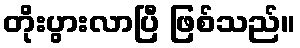
တိုးပွားလာပြီ ဖြစ်သည်။